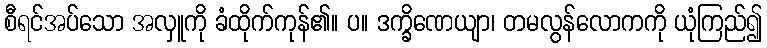
စီရင်အပ်သော အလှူကို ခံထိုက်ကုန်၏။ ပ။ ဒက္ခိဏေယျာ၊ တမလွန်လောကကို ယုံကြည်၍